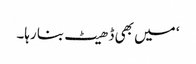
‘ میں بھی ڈھیٹ بنا رہا۔